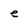
Character: e